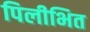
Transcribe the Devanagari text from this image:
पिलीभित